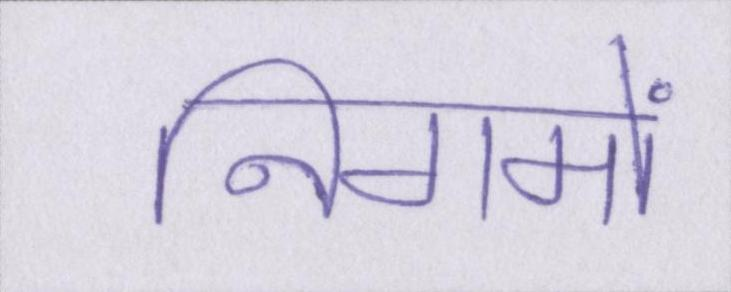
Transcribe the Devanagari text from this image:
निगमों